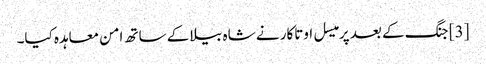
[3] جنگ کے بعد پرمیسل اوتاکار نے شاہ بیلا کے ساتھ امن معاہدہ کیا۔